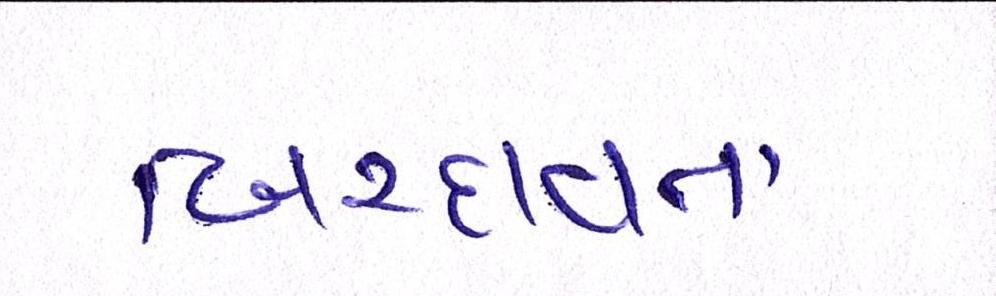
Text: બિરદાવતા